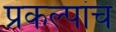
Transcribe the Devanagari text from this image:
प्रकल्पांचं